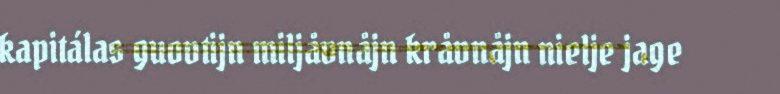
kapitálas guovtijn miljåvnåjn kråvnåjn nielje jage